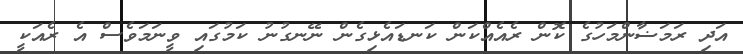
އަދި ރަމަޟާންމަހުގެ ކޮން ރެއެއްކަން ކަނޑައެޅިގެން ނޭނގުނު ކަމުގައި ވީނަމަވެސް އެ ރެއަކީ